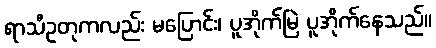
ရာသီဥတုကလည်း မပြောင်း၊ ပူအိုက်မြဲ ပူအိုက်နေသည်။